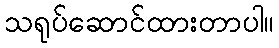
သရုပ်ဆောင်ထားတာပါ။